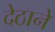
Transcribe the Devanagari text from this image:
देठाने